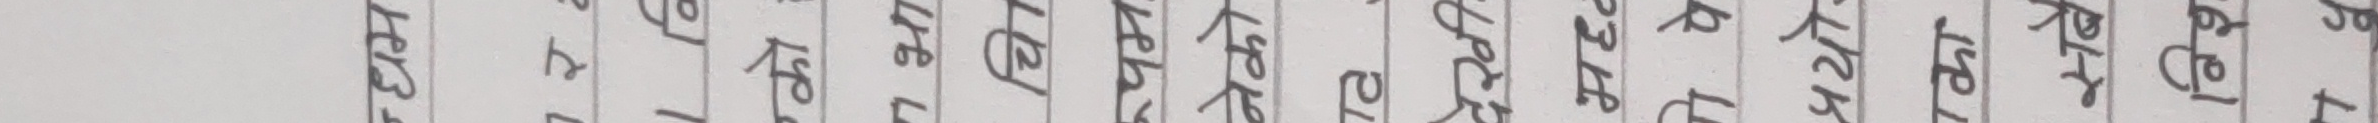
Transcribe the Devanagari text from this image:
न्धम
र
को
7 भा
चि
रूपम
नेको
देखी
मध्
प्रयो
का
सबै
विश
Ty